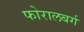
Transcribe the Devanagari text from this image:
फोरालबर्ग